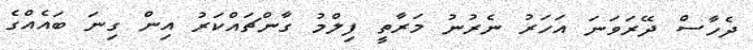
ދެހާސް ދޭރަވަނަ އަހަރު ނެރުނު މަރާތީ ފިލްމު ގާންޗައްކަރު އިން ގިނަ ބައެއްގެ